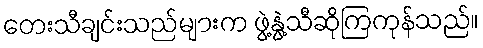
တေးသီချင်းသည်များက ဖွဲ့နွဲ့သီဆိုကြကုန်သည်။